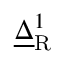
\underline { { \Delta } } _ { \mathrm { R } } ^ { 1 }